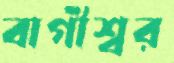
বাগীশ্বর